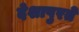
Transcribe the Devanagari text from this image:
देशापुरते